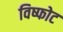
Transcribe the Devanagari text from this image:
विष्फोट